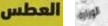
العطس الوزارة